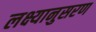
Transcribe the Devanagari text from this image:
लक्ष्यानुसरण